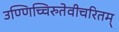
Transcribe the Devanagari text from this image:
उण्णिच्चिरुतेवीचरितम्